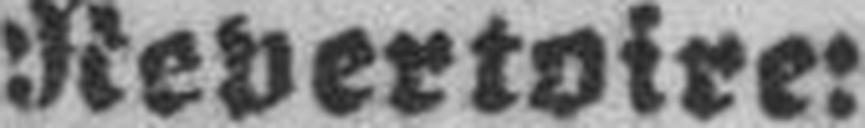
Repertoire: